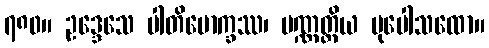
၇၈၀။ ဥဒ္ဒေသေ ပါတိမောက္ခဿ၊ ပဏ္ဏတ္တိယ မုပေါသထော။